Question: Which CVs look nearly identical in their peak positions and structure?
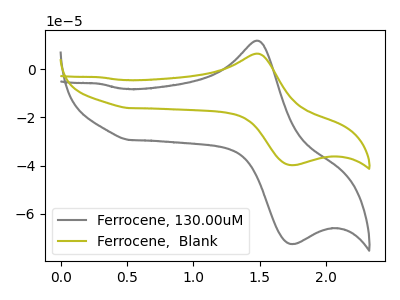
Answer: <think>The gray curve "Ferrocene, 130.00uM" has an anodic peak at (1.45V, 11.95uA) and a cathodic peak at (1.75V, -72.65uA). The olive curve "Ferrocene,  Blank" has an anodic peak at (1.45V, 6.55uA) and a cathodic peak at (1.75V, -39.85uA).
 All the peaks in "Ferrocene, 130.00uM" have a peak in "Ferrocene,  Blank" at the same potential. Every peak in "Ferrocene, 130.00uM" is higher than every peak in "Ferrocene,  Blank".</think>
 <answer>"Ferrocene, 130.00uM" and "Ferrocene,  Blank" have the same shape and are likely CV's of the same chemical.</answer>
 <eval>"Ferrocene, 130.00uM" "Ferrocene,  Blank"</eval>